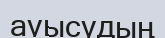
ауысудың